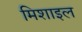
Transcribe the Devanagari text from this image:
मिशाइल